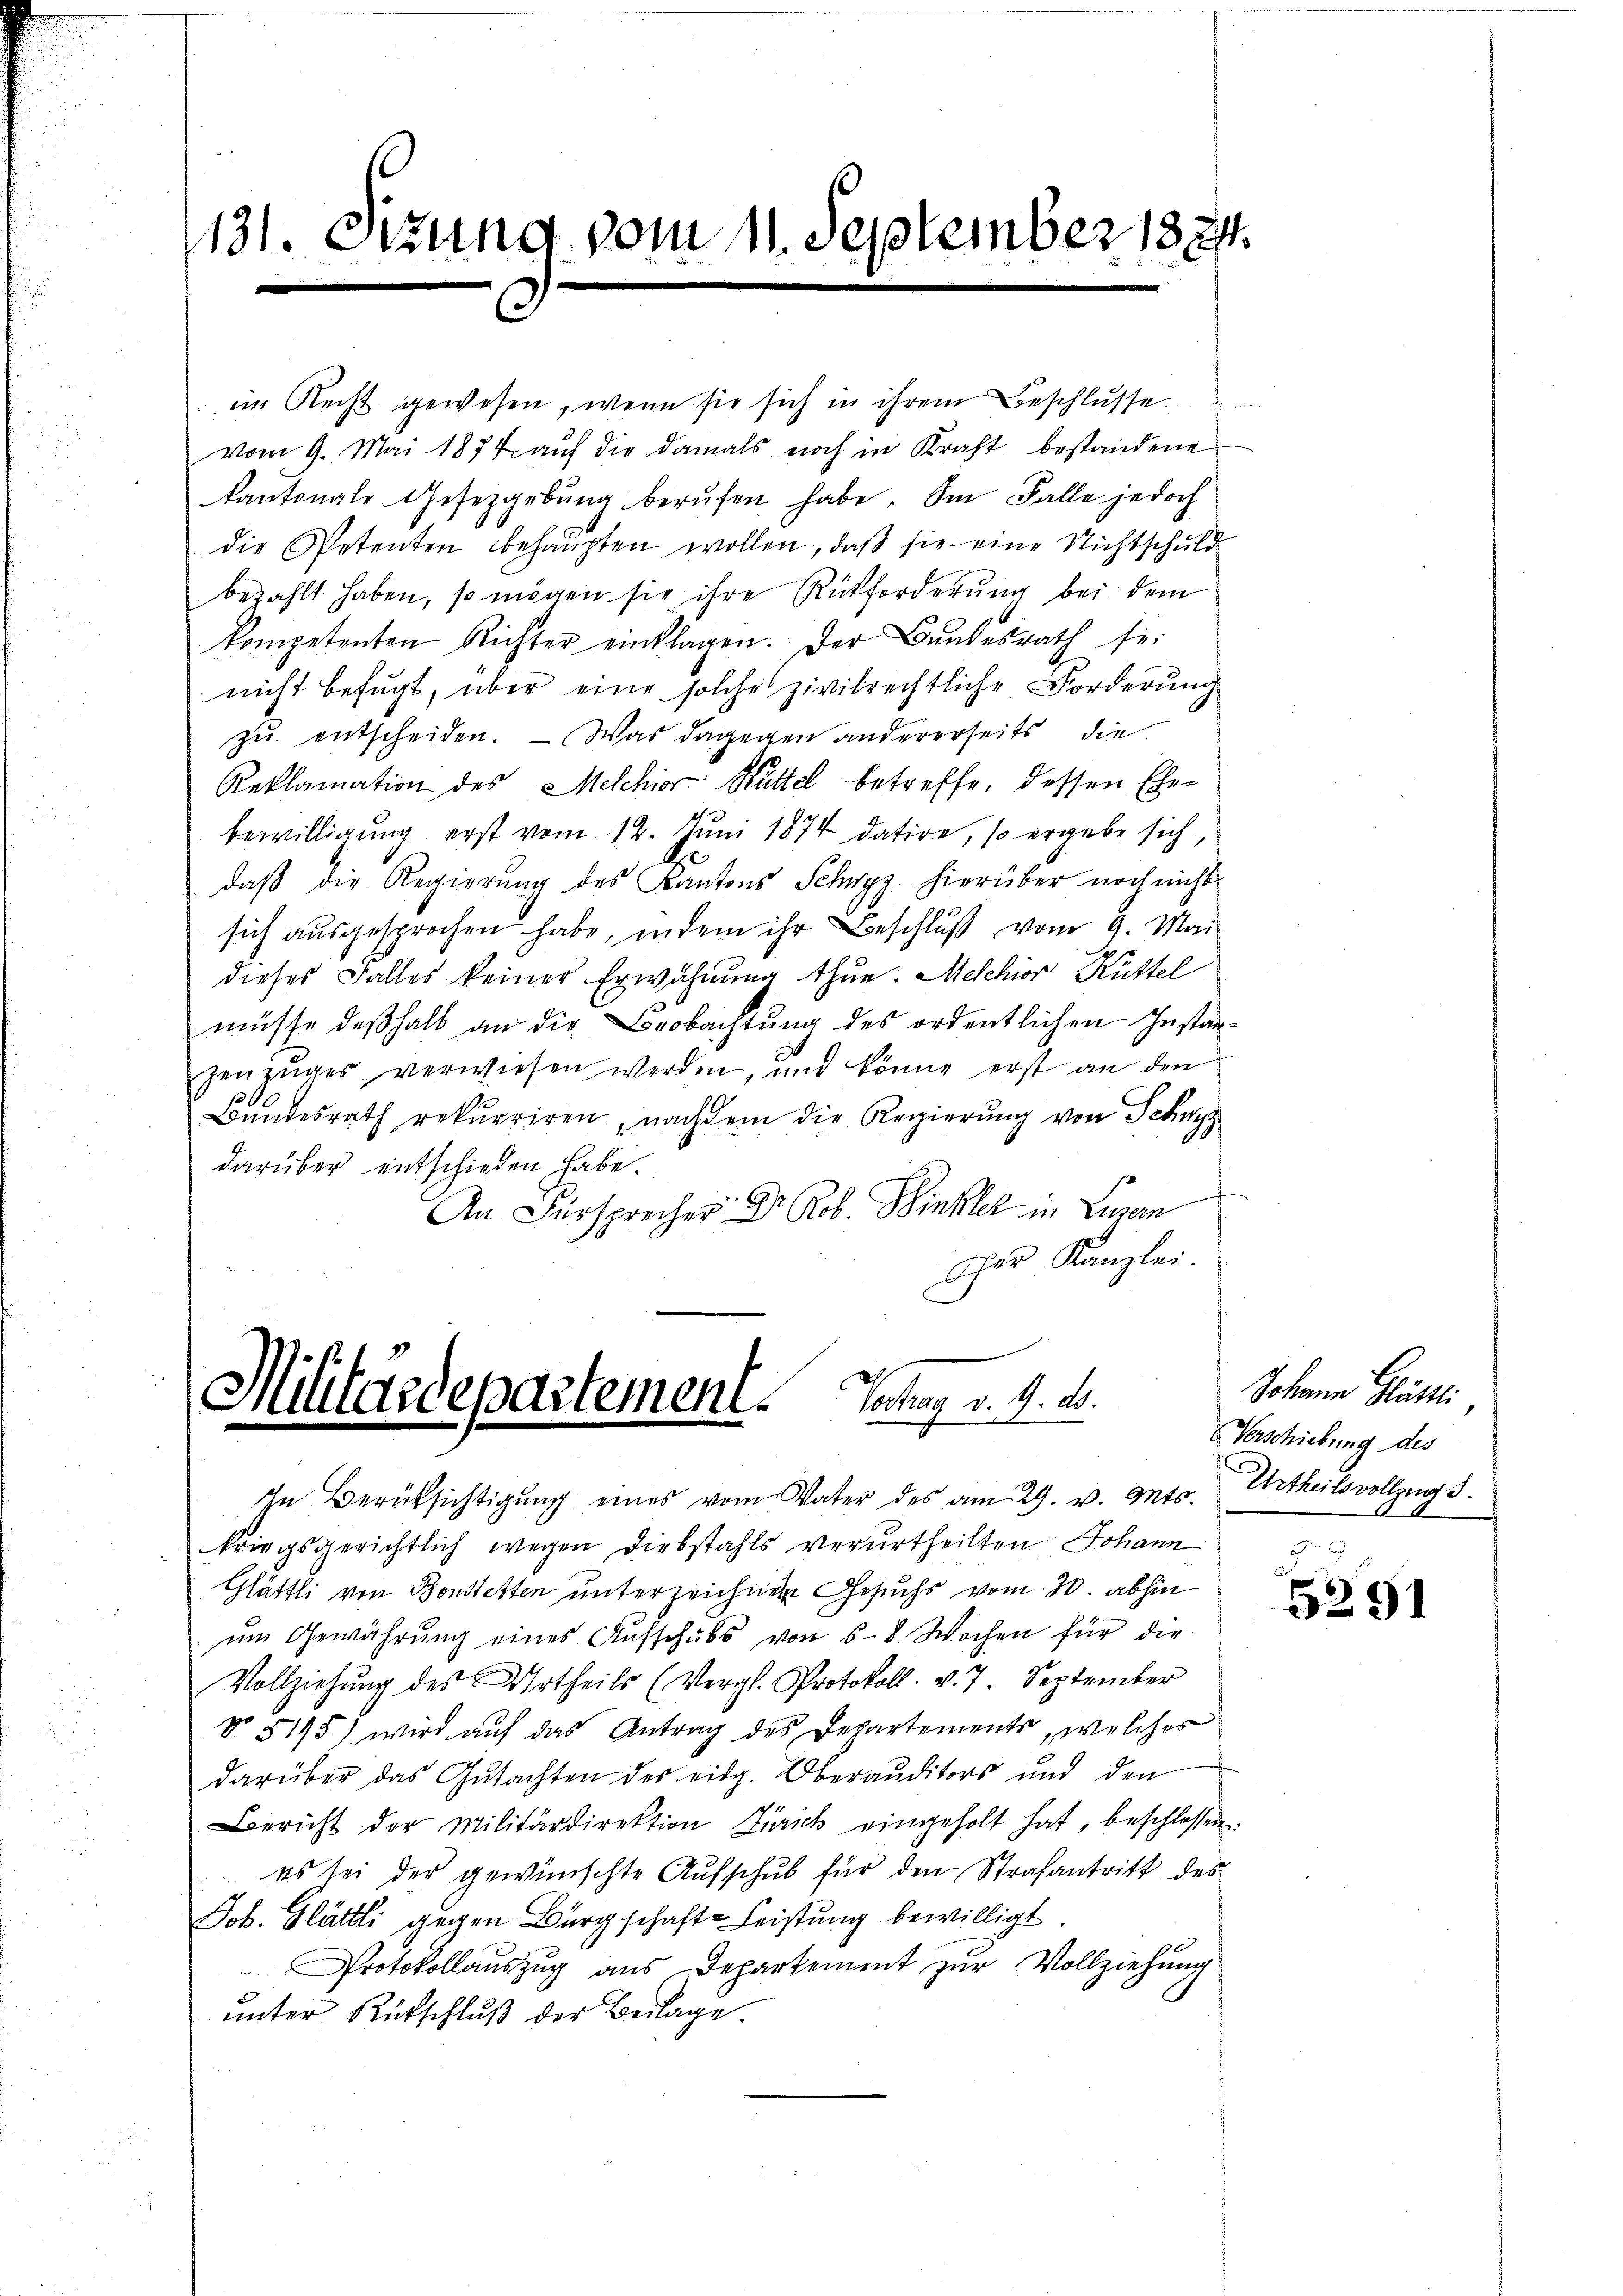
131. Sitzung vom 11. September 1874.
e

im Recht gewesen, wenn sie sich in ihrem Beschlüsse.
vom 9. Mai 1874 auf die damals noch in Kraft bestandene
kantonale Gesetzgebŭng berŭfen habe. Sie Falle jedoch
die Petenten behaŭpten wollen, daß sie eine Nichtschuld
bezahlt haben, so mögen sie ihre Rückforderung bei dem
kompetenten Richter einklagen. Der Bundesrath sei
nicht befugt, über eine solche zivilrechtliche Forderung
zu entscheiden. — Was dagegen andererseits die
Reklamation des Melchior Hüttel betreffe, dessen Ehebewilligung erst vom 12. Juni 1874 datire, so ergebe sich,
daß die Regierung des Kantons Schwyz hierüber noch nicht
sich aŭsgesprochen habe, indem ihr Beschlŭβ vom 9. Mai
dieses Falles keiner Erwähnung thue. Melchior Hüttel
müsse deßhalb an die Beobachtung des ordentlichen Instanzenzuges verwiesen werden, und könne erst an den
Bundesrath rekurriren, nachdem die Regierung von Schwyz
darüber entschieden habe.
An Fürsprecher Dr. Rob. Winkler in Luzern
sher Kanzlei.

Militärdepartement. Vortrag v. 9. d.
In Berüksichtigŭng eines vom Vater des am 29. v. Mts. Urtheilsvollzug s.

kriegsgerichtlich wegen Diebstahls verurtheilten Johann
Glättli von Bonstetten unterzeichnen Gesuchs vom 30. abhin
ŭm Gewährŭng eines Aŭfschubs von 6 - 8. Wochen für die
Vollziehŭng des Urtheils (Vergl. Protokoll. v. 7. September
No 5195) wird aŭf das Antrag des Departements, welches
darüber das Gutachten des eidg. Oberauditors und den
Bericht der Militärdirektion Zürich eingeholt hat, beschlossen:
es sei der gewünschte Aufschub für den Strafantritt des
Job. Glättli gegen Bürgschaft- Leistung bewilligt
Protokollauszug aus Departement zur Vollziehung
ŭnter Rütschlŭβ der Beilage.

Johann Glättli
Verschiebung des

5291